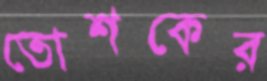
তোশকের